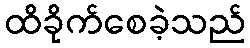
ထိခိုက်စေခဲ့သည်